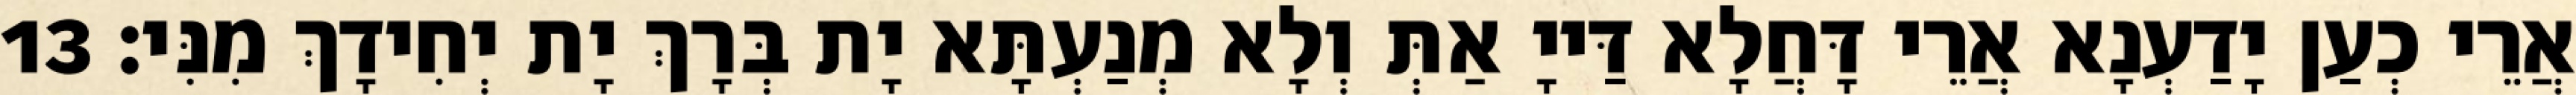
אֲרֵי כְעַן יָדַעְנָא אֲרֵי דָּחֲלָא דַּייָ אַתְּ וְלָא מְנַעְתָּא יָת בְּרָךְ יָת יְחִידָךְ מִנִּי׃ 13